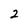
Character: 2